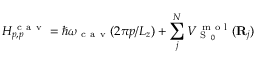
H _ { p , p } ^ { \mathrm { ~ c ~ a ~ v ~ } } = \hslash \omega _ { \mathrm { ~ c ~ a ~ v ~ } } ( 2 \pi p / L _ { z } ) + \sum _ { j } ^ { N } V _ { \mathrm { ~ S ~ } _ { 0 } } ^ { \mathrm { ~ m ~ o ~ l ~ } } ( { \bf { R } } _ { j } )